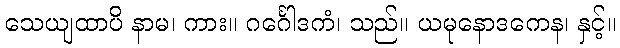
သေယျထာပိ နာမ၊ ကား။ ဂင်္ဂေါဒကံ၊ သည်။ ယမုနောဒကေန၊ နှင့်။